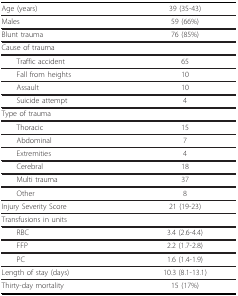
<table><thead><tr><td><b>Age (years)</b></td><td><b>39 (35-43)</b></td></tr></thead><tbody><tr><td>Males</td><td>59 (66%)</td></tr><tr><td>Blunt trauma</td><td>76 (85%)</td></tr><tr><td colspan="2">Cause of trauma</td></tr><tr><td> Traffic accident</td><td>65</td></tr><tr><td> Fall from heights</td><td>10</td></tr><tr><td> Assault</td><td>10</td></tr><tr><td> Suicide attempt</td><td>4</td></tr><tr><td colspan="2">Type of trauma</td></tr><tr><td> Thoracic</td><td>15</td></tr><tr><td> Abdominal</td><td>7</td></tr><tr><td> Extremities</td><td>4</td></tr><tr><td> Cerebral</td><td>18</td></tr><tr><td> Multi trauma</td><td>37</td></tr><tr><td> Other</td><td>8</td></tr><tr><td>Injury Severity Score</td><td>21 (19-23)</td></tr><tr><td colspan="2">Transfusions in units</td></tr><tr><td> RBC</td><td>3.4 (2.6-4.4)</td></tr><tr><td> FFP</td><td>2.2 (1.7-2.8)</td></tr><tr><td> PC</td><td>1.6 (1.4-1.9)</td></tr><tr><td>Length of stay (days)</td><td>10.3 (8.1-13.1)</td></tr><tr><td>Thirty-day mortality</td><td>15 (17%)</td></tr></tbody></table>